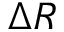
\Delta R